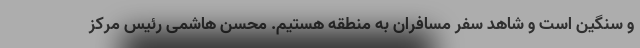
و سنگین است و شاهد سفر مسافران به منطقه هستیم. محسن هاشمی رئیس مرکز